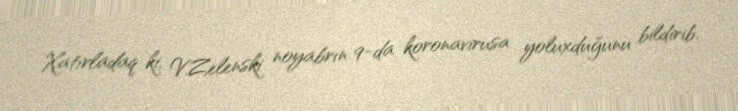
Xatırladaq ki, V.Zelenski noyabrın 9-da koronavirusa yoluxduğunu bildirib.